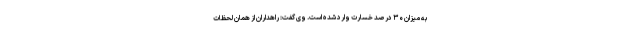
به میزان ۳۰ درصد خسارت وارد شده است. وی گفت: راهداران از همان لحظات